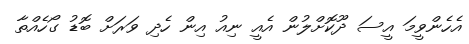
އެހެންވީމަ އީސަ ދޫކޮށްލުން އެއީ ނިއު އިން ހެދި ވަރަށް ބޮޑު ގޯހެއްތާ